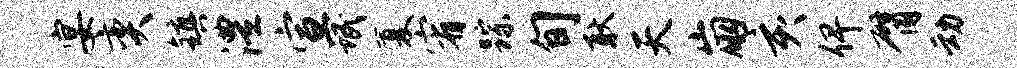
宴奕镇澧宣氓厦宥踪旬耿天崩亥俾臂动